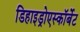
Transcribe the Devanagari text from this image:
डिहाइड्रोएस्कॉर्बेट